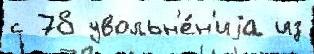
с 78 увольн'е́н'иjа из